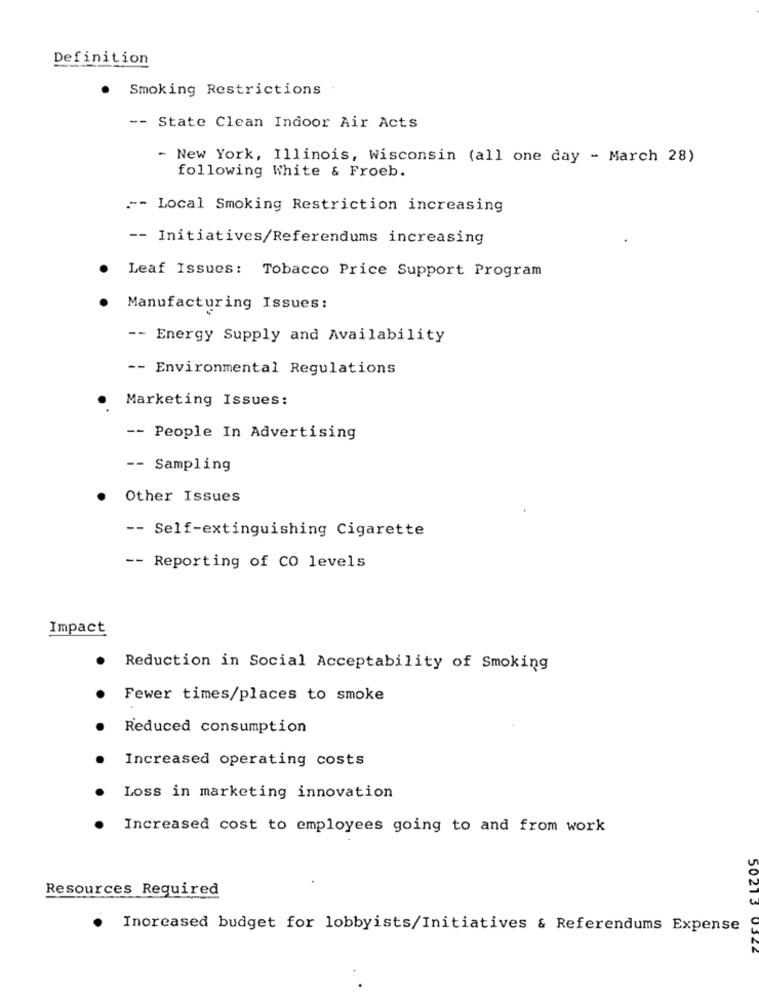
Definition
Smoking Restrictions
-- State Clean Indoor Air Acts
- New York, Illinois, Wisconsin (all one day - March 28)
following White & Froeb.
"- Local Smoking Restriction increasing
-- Initiatives/Referendums increasing
Leaf Issues: Tobacco Price Support Program
Manufacturing Issues:
-- Energy Supply and Availability
-- Environmental Regulations
Marketing Issues:
-- People In Advertising
-- Sampling
. Other Issues
-- Self-extinguishing Cigarette
-- Reporting of CO levels
Impact
Reduction in Social Acceptability of Smoking
Fewer times/places to smoke
Reduced consumption
Increased operating costs
Loss in marketing innovation
Increased cost to employees going to and from work
Resources Required
50213
Increased budget for lobbyists/Initiatives & Referendums Expense
03ZE